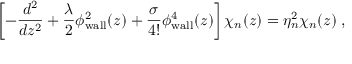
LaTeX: \left[ - \frac { d ^ { 2 } } { d z ^ { 2 } } + \frac { \lambda } { 2 } \phi _ { \mathrm { w a l l } } ^ { 2 } ( z ) + \frac { \sigma } { 4 ! } \phi _ { \mathrm { w a l l } } ^ { 4 } ( z ) \right] \chi _ { n } ( z ) = \eta _ { n } ^ { 2 } \chi _ { n } ( z ) \; ,